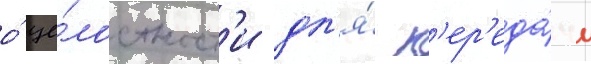
о́ це́лостност'и дл'я́ п'ер'еда́чи